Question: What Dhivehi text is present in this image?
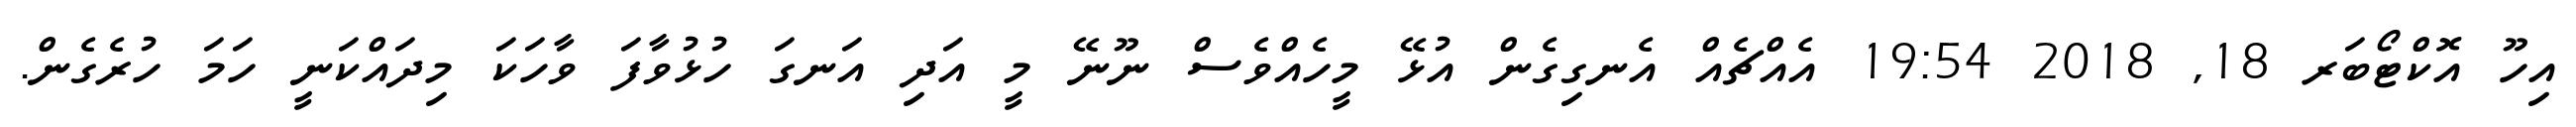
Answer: އިހޫ އޮކްޓޯބަރ 18, 2018 19:54 އެއްޗެއް އެނގިގެން އުޅޭ މީހެއްވެސް ނޫނޭ މީ އަދި އަނގަ ހުޅުވާފަ ވާހަކަ މިދައްކަނީ ހަމަ ހުރެގެން.